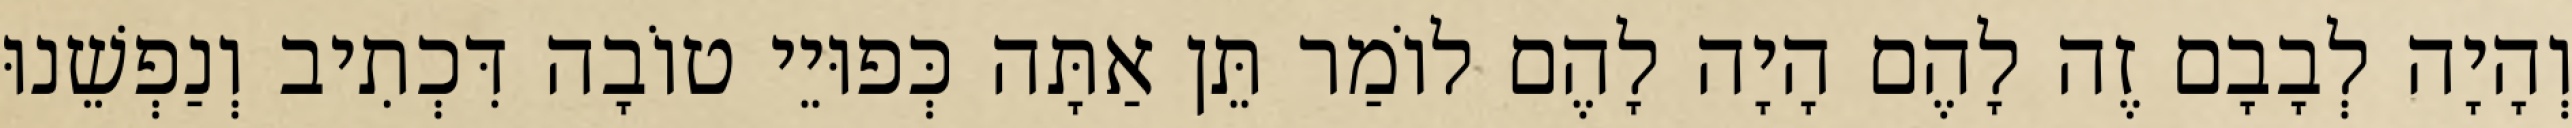
וְהָיָה לְבָבָם זֶה לָהֶם הָיָה לָהֶם לוֹמַר תֵּן אַתָּה כְּפוּיֵי טוֹבָה דִּכְתִיב וְנַפְשֵׁנוּ